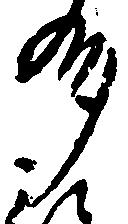
州